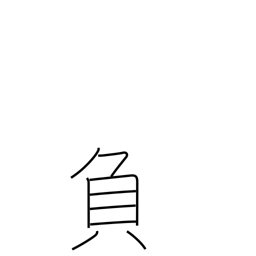
Meaning: minus